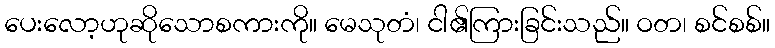
ပေးလော့ဟုဆိုသောစကားကို။ မေသုတံ၊ ငါ၏ကြားခြင်းသည်။ ဝတ၊ စင်စစ်။